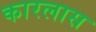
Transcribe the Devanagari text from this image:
कारलास